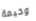
وخيمة